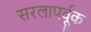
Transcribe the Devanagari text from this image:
सरलापर्वूक